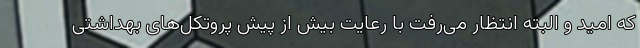
که امید و البته انتظار می‌رفت با رعایت بیش از پیش پروتکل‌های بهداشتی